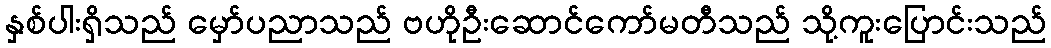
နှစ်ပါးရှိသည် မှော်ပညာသည် ဗဟိုဦးဆောင်ကော်မတီသည် သို့ကူးပြောင်းသည်